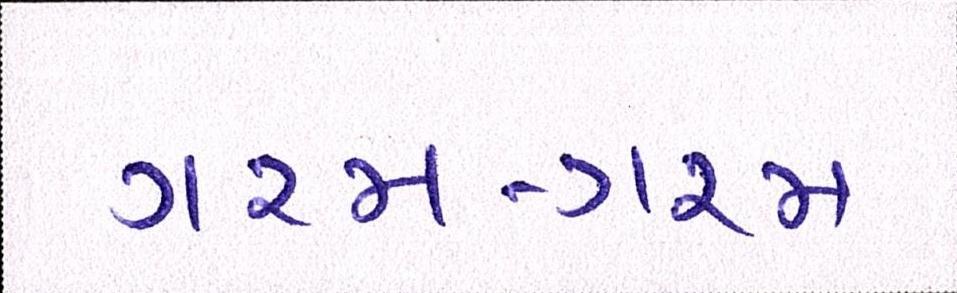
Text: ગરમ-ગરમ